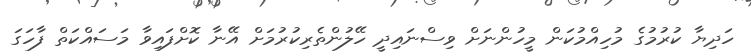
ހަދިޔާ ކުރުމުގެ މުހިއްމުކަން މީހުންނަށް ވިސްނައިދީ ހޭލުންތެރިކުރުމަށް އޭނާ ކޮށްފައިވާ މަސައްކަތް ފާހަގަ